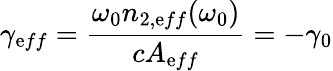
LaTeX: \gamma_{\mathrm{e}ff}=\frac{{\omega_{0}n_{2,\mathrm{e}ff}(\omega_{0})}}{{cA_{\mathrm{e}ff}}}=-\gamma_{0}